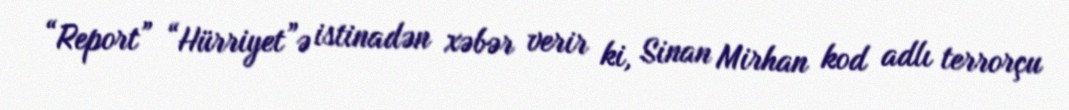
“Report” “Hürriyet”ə istinadən xəbər verir ki, Sinan Mirhan kod adlı terrorçu